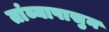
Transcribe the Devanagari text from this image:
तांब्यापासुन